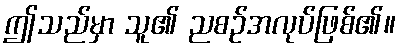
ဤသည်မှာ သူ၏ ညစဉ်အလုပ်ဖြစ်၏။